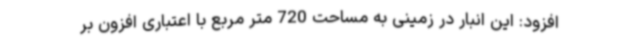
افزود: این انبار در زمینی به مساحت 720 متر مربع با اعتباری افزون بر